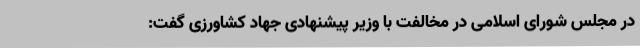
در مجلس شورای اسلامی در مخالفت با وزیر پیشنهادی جهاد کشاورزی گفت: